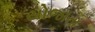
યોજાતા